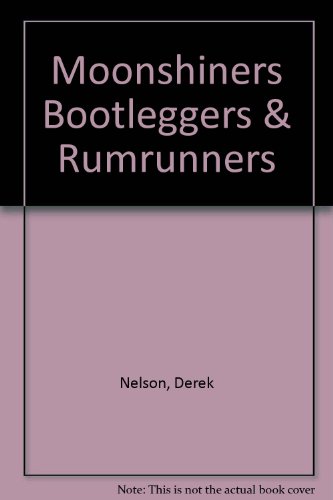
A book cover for Moonshiners Bootleggers & Rumrunners; Derek Nelson; Engineering & Transportation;